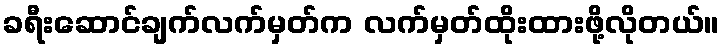
ခရီးဆောင်ချက်လက်မှတ်က လက်မှတ်ထိုးထားဖို့လိုတယ်။